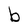
Character: b